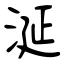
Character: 涎